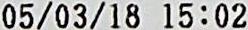
05/03/18 15:02